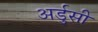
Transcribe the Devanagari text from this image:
अर्डुसी